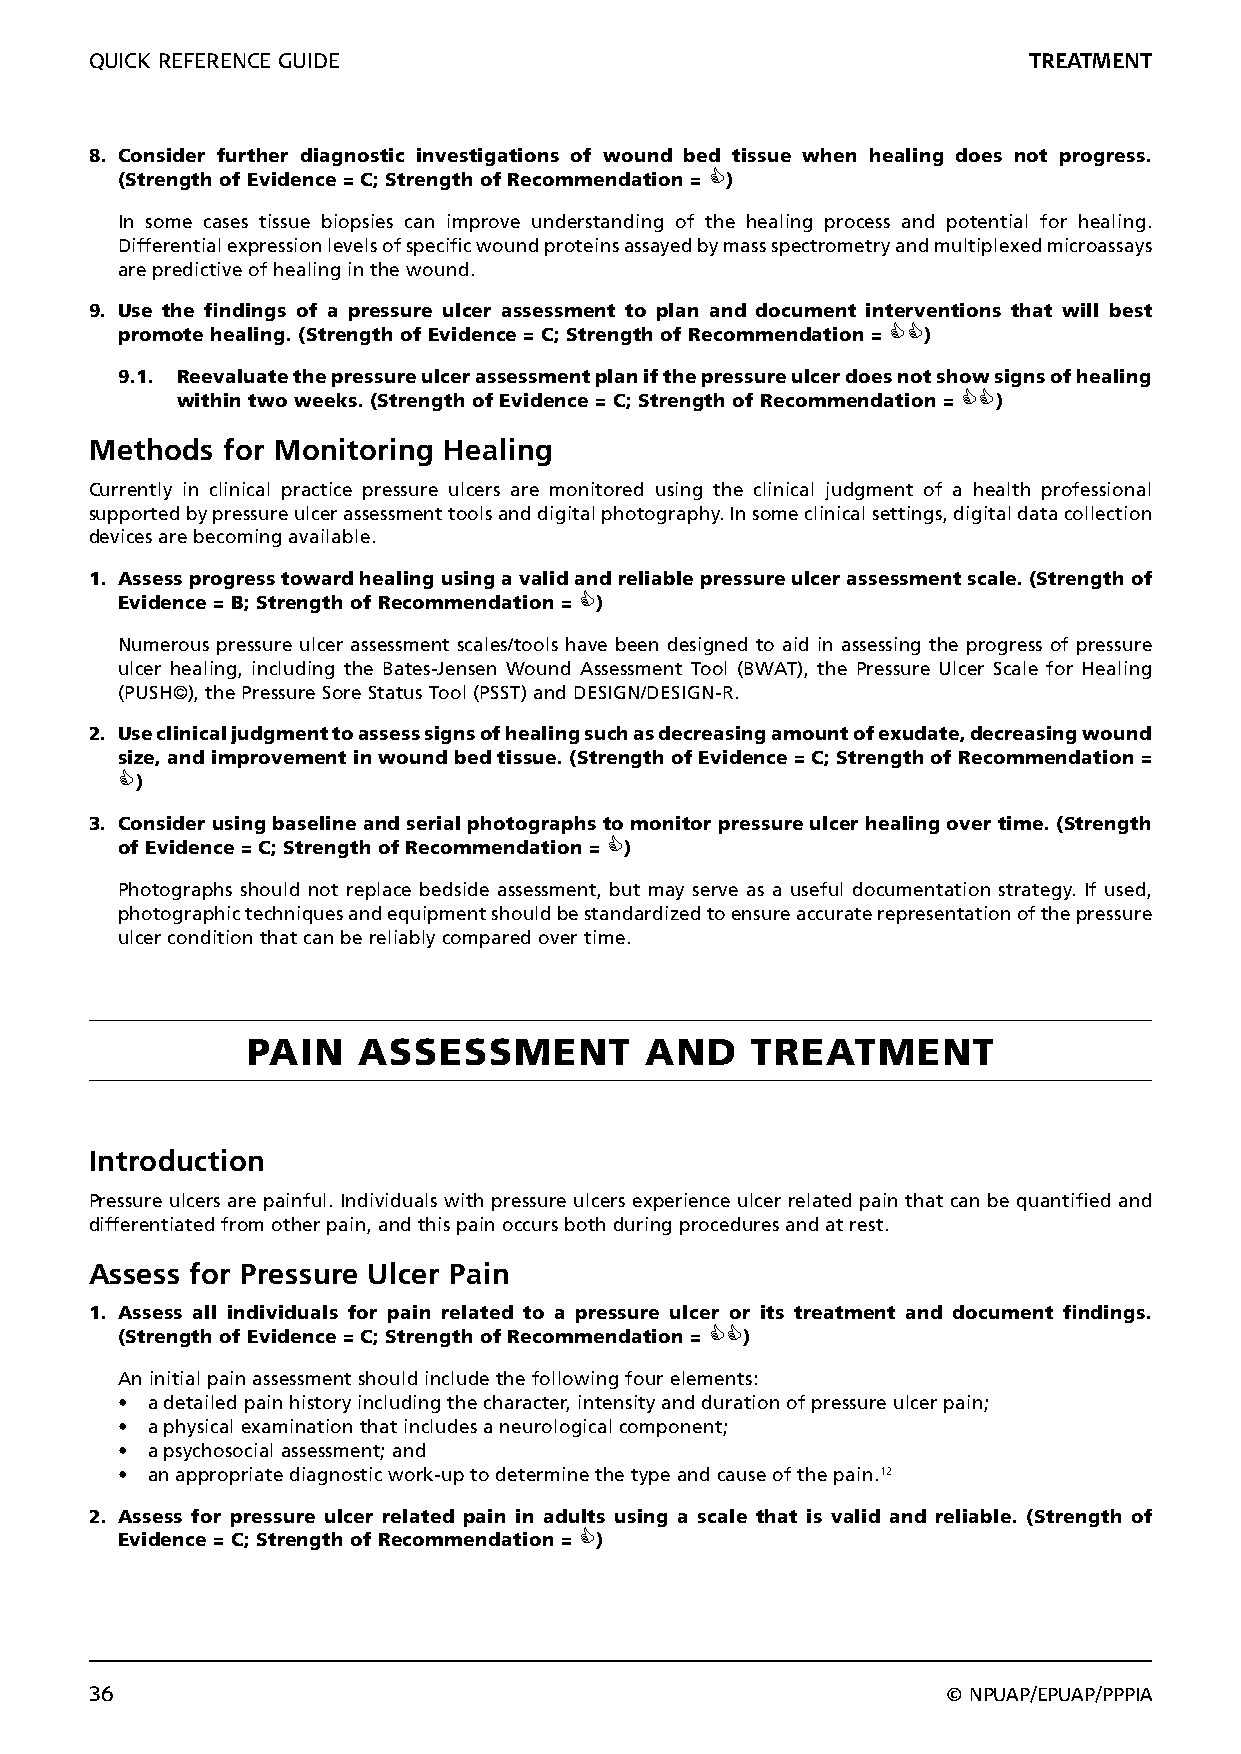
QUICK REFERENCE GUIDE                                         TREATMENT
 8. Consider further diagnostic investigations of wound bed tissue when healing does not progress.
 (Strength of Evidence = C; Strength of Recommendation = )
 In some cases tissue biopsies can improve understanding of the healing process and potential for healing.
 Differential expression levels of specific wound proteins assayed by mass spectrometry and multiplexed microassays
 are predictive of healing in the wound.
 9. Use the findings of a pressure ulcer assessment to plan and document interventions that will best
 promote healing. (Strength of Evidence = C; Strength of Recommendation = )
 9.1. Reevaluate the pressure ulcer assessment plan if the pressure ulcer does not show signs of healing
 within two weeks. (Strength of Evidence = C; Strength of Recommendation = )
 Methods  for Monitoring Healing
 Currently in clinical practice pressure ulcers are monitored using the clinical judgment of a health professional
 supported by pressure ulcer assessment tools and digital photography. In some clinical settings, digital data collection
 devices are becoming available.
 1. Assess progress toward healing using a valid and reliable pressure ulcer assessment scale. (Strength of
 Evidence = B; Strength of Recommendation = )
 Numerous pressure ulcer assessment scales/tools have been designed to aid in assessing the progress of pressure
 ulcer healing, including the Bates-Jensen Wound Assessment Tool (BWAT), the Pressure Ulcer Scale for Healing
 (PUSH©), the Pressure Sore Status Tool (PSST) and DESIGN/DESIGN-R.
 2. Use clinical judgment to assess signs of healing such as decreasing amount of exudate, decreasing wound
 size, and improvement in wound bed tissue. (Strength of Evidence = C; Strength of Recommendation =
 )
 3. Consider using baseline and serial photographs to monitor pressure ulcer healing over time. (Strength
 of Evidence = C; Strength of Recommendation = )
 Photographs should not replace bedside assessment, but may serve as a useful documentation strategy. If used,
 photographic techniques and equipment should be standardized to ensure accurate representation of the pressure
 ulcer condition that can be reliably compared over time.
 PAIN    ASSESSMENT         AND    TREATMENT
 Introduction
 Pressure ulcers are painful. Individuals with pressure ulcers experience ulcer related pain that can be quantified and
 differentiated from other pain, and this pain occurs both during procedures and at rest.
 Assess for Pressure Ulcer Pain
 1. Assess all individuals for pain related to a pressure ulcer or its treatment and document findings.
 (Strength of Evidence = C; Strength of Recommendation = )
 An initial pain assessment should include the following four elements:
 • a detailed pain history including the character, intensity and duration of pressure ulcer pain;
 • a physical examination that includes a neurological component;
 • a psychosocial assessment; and
 • an appropriate diagnostic work-up to determine the type and cause of the pain.12
 2. Assess for pressure ulcer related pain in adults using a scale that is valid and reliable. (Strength of
 Evidence = C; Strength of Recommendation = )
 36                                                       © NPUAP/EPUAP/PPPIA